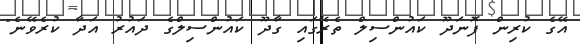
އޭގެ ކުރިން ފޮނަދޫ ކައުންސިލް ތެރޭގައި ގާދޫ ކައުންސިލްގެ ދައުރު އަދާ ކުރެވޭނެ"